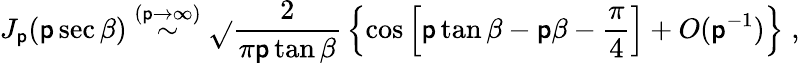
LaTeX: J_{\mathsf{p}}(\mathsf{p}\sec\beta)\stackrel{(\mathsf{p}\rightarrow\infty)}{\sim}\sqrt{}{{\frac{{2}}{{\pi\mathsf{p}\tan\beta}}}}\left\{ \cos\left[\mathsf{p}\tan\beta-\mathsf{p}\beta-\frac{{\pi}}{{4}}\right]+O(\mathsf{p}^{-1})\right\} \; ,